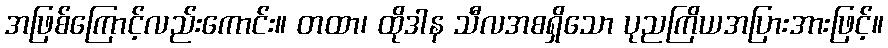
အဖြစ်ကြောင့်လည်းကောင်း။ တထာ၊ ထိုဒါန သီလအစရှိသော ပုညကြိယအပြားအားဖြင့်။